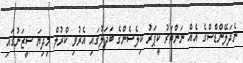
ނެދަލޭންޑްސްގެ އެއް ނަންބަރު ކީޕަރު ކިލެސެންގެ ބަދަލުގައި އެރުވި ކްރުލް މިދިޔަ ސީޒަނުގައި